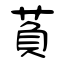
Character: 萯